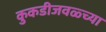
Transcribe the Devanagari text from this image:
कुकडीजवळ्च्या